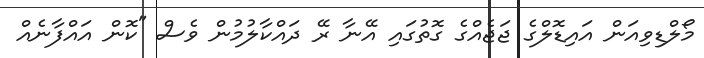
މޯލްޑިވިއަން އައިޑޮލްގެ ޖަޖެއްގެ ގޮތުގައި އޭނާ ރޭ ދައްކާލުމުން ވެސް "ކޮން އައްފާނެއް